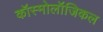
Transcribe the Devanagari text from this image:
कॉस्मोलॉजिकल